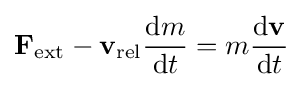
\mathbf {F} _{\mathrm {ext} }-\mathbf {v} _{\mathrm {rel} }{\frac {\mathrm {d} m}{\mathrm {d} t}}=m{\mathrm {d} \mathbf {v}  \over \mathrm {d} t}